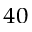
^ { 4 0 }